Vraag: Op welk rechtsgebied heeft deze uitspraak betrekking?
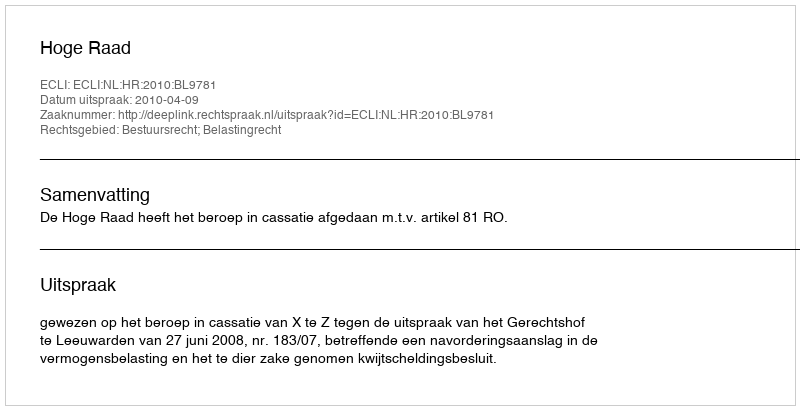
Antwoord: Bestuursrecht; Belastingrecht